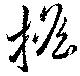
搖